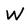
Character: W